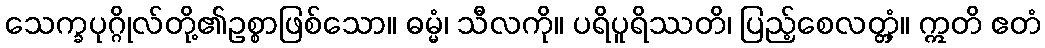
သေက္ခပုဂ္ဂိုလ်တို့၏ဥစ္စာဖြစ်သော။ ဓမ္မံ၊ သီလကို။ ပရိပူရိဿတိ၊ ပြည့်စေလတ္တံ့။ ဣတိ ဧတံ